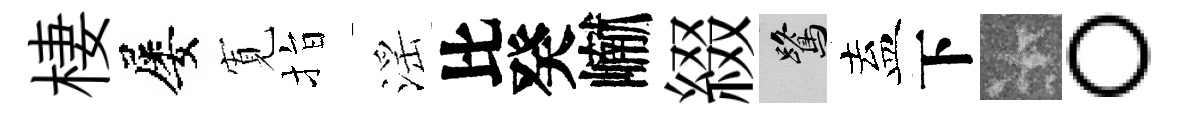
棲屡𡩖指滛比癸𪩘綴鷺盍下卡。